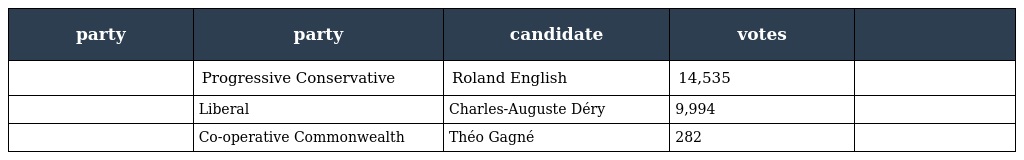
| party | party | candidate | votes |  |
 | --- | --- | --- | --- | --- |
 |  | Progressive Conservative | Roland English | 14,535 |  |
 |  | Liberal | Charles-Auguste Déry | 9,994 |  |
 |  | Co-operative Commonwealth | Théo Gagné | 282 |  |